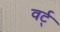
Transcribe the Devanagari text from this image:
वर्ट्